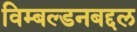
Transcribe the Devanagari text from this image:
विम्बल्डनबद्दल